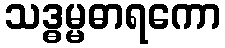
သဒ္ဓမ္မဓာရကော